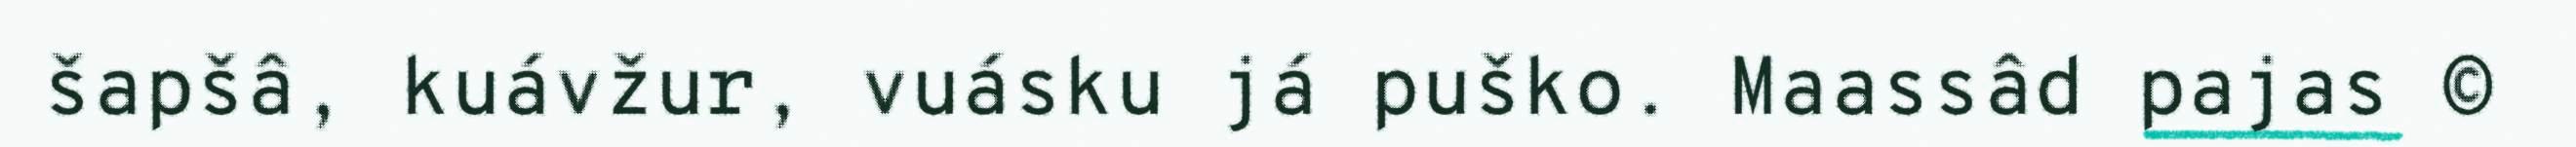
šapšâ, kuávžur, vuásku já puško. Maassâd pajas ©